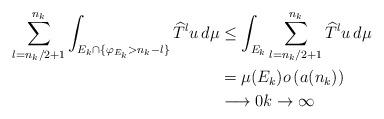
LaTeX: \begin{align*}\sum_{l=n_{k}/2+1}^{n_{k}}\int_{E_{k}\cap\{\varphi_{E_{k}}>n_{k}-l\}}\widehat{T}^{l}u\,d\mu & \leq\int_{E_{k}}\sum_{l=n_{k}/2+1}^{n_{k}}\widehat{T}^{l}u\,d\mu\\& =\mu(E_{k})o\left( a(n_{k})\right) \\& \longrightarrow0k\rightarrow\infty\end{align*}